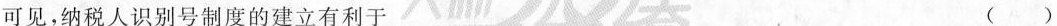
可见，纳税人识别号制度的建立有利于 ()